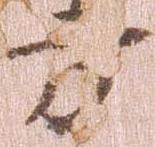
方